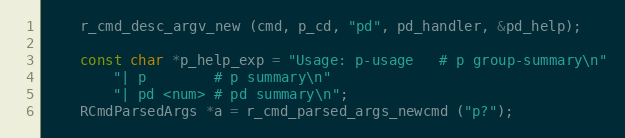
Language: C
	r_cmd_desc_argv_new (cmd, p_cd, "pd", pd_handler, &pd_help);

	const char *p_help_exp = "Usage: p-usage   # p group-summary\n"
		"| p        # p summary\n"
		"| pd <num> # pd summary\n";
	RCmdParsedArgs *a = r_cmd_parsed_args_newcmd ("p?");